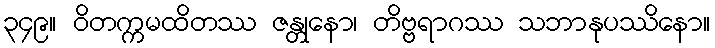
၃၄၉။ ဝိတက္ကမထိတဿ ဇန္တုနော၊ တိဗ္ဗရာဂဿ သဘာနုပဿိနော။